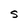
Character: S